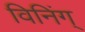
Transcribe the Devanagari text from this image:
विनिंग्